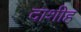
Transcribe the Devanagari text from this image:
दाशीह